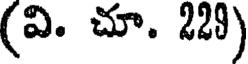
(వి. చూ. 228)